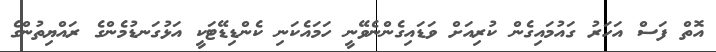
އޮތް ފަސް އަހަރު ގައުމައިގެން ކުރިއަށް ވަޑައިގެންނެވޭނީ ހަމައެކަނި ކެންޑިޑޭޓަކީ އަޅުގަނޑުމެންގެ ރައްޔިތުންގެ